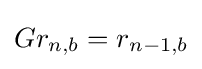
Gr_{n,b}=r_{n-1,b}